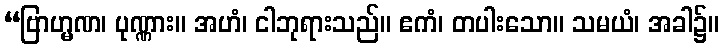
“ဗြာဟ္မဏ၊ ပုဏ္ဏား။ အဟံ၊ ငါဘုရားသည်။ ဧကံ၊ တပါးသော။ သမယံ၊ အခါ၌။